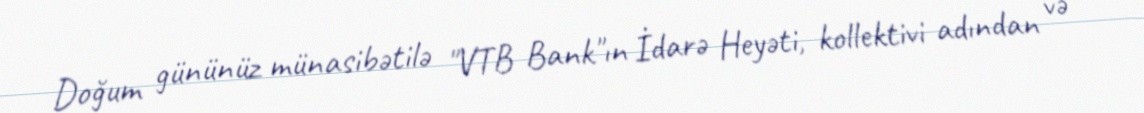
Doğum gününüz münasibətilə "VTB Bank"ın İdarə Heyəti, kollektivi adından və